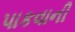
પાકવાની